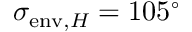
\sigma _ { \mathrm { e n v } , H } = 1 0 5 ^ { \circ }